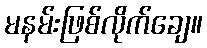
မနမ်းဖြစ်လိုက်ချေ။